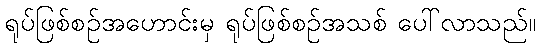
ရုပ်ဖြစ်စဉ်အဟောင်းမှ ရုပ်ဖြစ်စဉ်အသစ် ပေါ်လာသည်။